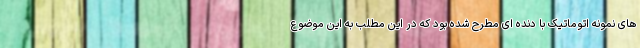
های نمونه اتوماتیک با دنده ای مطرح شده بود که در این مطلب به این موضوع